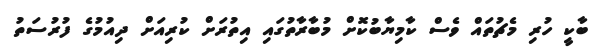
ބާކީ ހުރި މެޗުތައް ވެސް ކާމިޔާބުކޮށް މުބާރާތުގައި އިތުރަށް ކުރިއަށް ދިއުމުގެ ފުރުސަތު